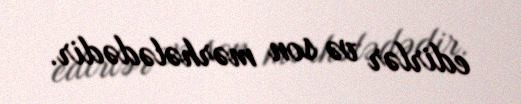
edirlər və son mərhələdədir.